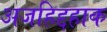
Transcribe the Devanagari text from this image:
अजहिद्दहाक